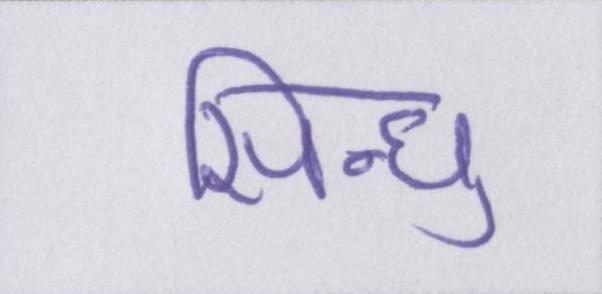
सिन्धु